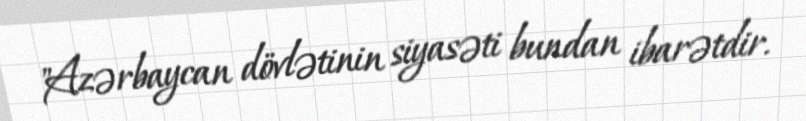
"Azərbaycan dövlətinin siyasəti bundan ibarətdir.